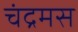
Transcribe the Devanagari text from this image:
चंद्रमस